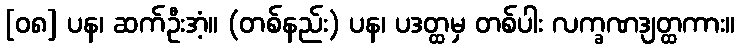
[၀၈] ပန၊ ဆက်ဦးအံ့။ (တစ်နည်း) ပန၊ ပဒတ္ထမှ တစ်ပါး လက္ခဏဒျတ္ထကား။